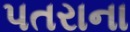
પતરાના